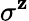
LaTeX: \sigma^{\mathbf{z}}